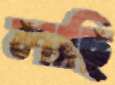
লাছি